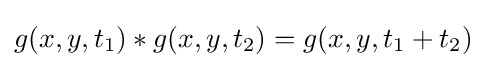
g(x,y,t_{1})*g(x,y,t_{2})=g(x,y,t_{1}+t_{2})